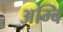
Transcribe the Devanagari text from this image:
अम्बि